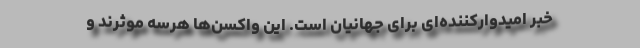
خبر امیدوارکننده‌ای برای جهانیان است. این واکسن‌ها هرسه موثرند و